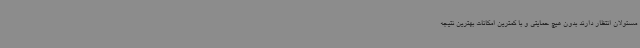
مسئولان انتظار دارند بدون هیچ حمایتی و با کمترین امکانات بهترین نتیجه